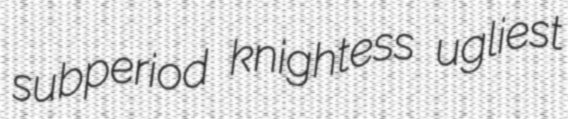
subperiod knightess ugliest